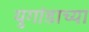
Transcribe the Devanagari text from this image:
युगांडाच्या